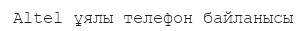
Altel ұялы телефон байланысы